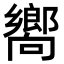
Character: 嚮